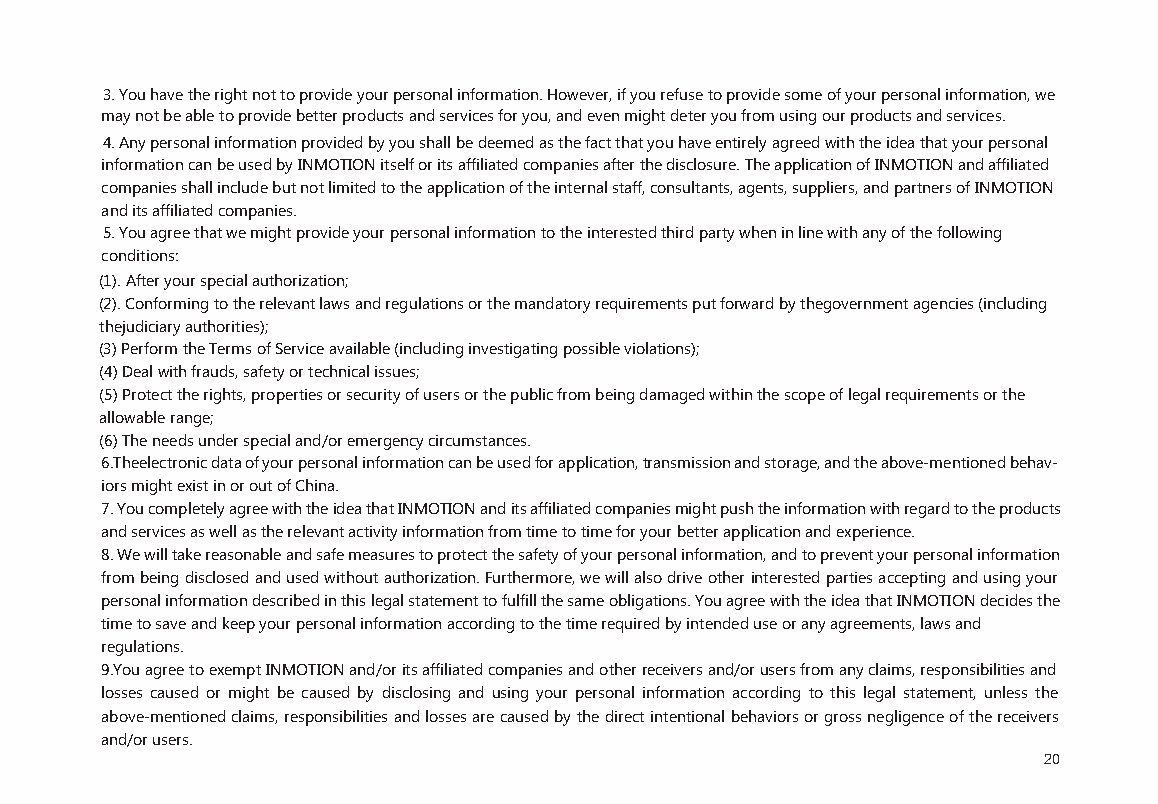
3.You have the right not to provide your personal information. However, if you refuse to provide some of your personal information, we
 may not be able to provide better products and services for you, and even might deter you from using our products and services.
 4.Any personal information provided by you shall be deemed as the fact that you have entirely agreed with the idea that your personal
 information can be used by INMOTION itself or its affiliated companies after the disclosure. The application of INMOTION and affiliated
 companies shall include but not limited to the application of the internal staff, consultants, agents, suppliers, and partners of INMOTION
 and its affiliated companies.
 5.You agree that we might provide your personal information to the interested third party when in line with any of the following
 conditions:
 (1). After your special authorization;
 (2). Conforming to the relevant laws and regulations or the mandatory requirements put forward by thegovernment agencies (including
 thejudiciary authorities);
 (3)Perform the Terms of Service available (including investigating possible violations);
 (4)Deal with frauds, safety or technical issues;
 (5)Protect the rights, properties or security of users or the public from being damaged within the scope of legal requirements or the
 allowable range;
 (6)The needs under special and/or emergency circumstances.
 6.Theelectronic data of your personal information can be used for application, transmission and storage, and the above-mentioned behav-
 iors might exist in or out of China.
 7. You completely agree with the idea that INMOTION and its affiliated companies might push the information with regard to the products
 and services as well as the relevant activity information from time to time for your better application and experience.
 8. We will take reasonable and safe measures to protect the safety of your personal information, and to prevent your personal information
 from being disclosed and used without authorization. Furthermore, we will also drive other interested parties accepting and using your
 personal information described in this legal statement to fulfill the same obligations. You agree with the idea that INMOTION decides the
 time to save and keep your personal information according to the time required by intended use or any agreements, laws and
 regulations.
 9.You agree to exempt INMOTION and/or its affiliated companies and other receivers and/or users from any claims, responsibilities and
 losses caused or might be caused by disclosing and using your personal information according to this legal statement, unless the
 above-mentioned claims, responsibilities and losses are caused by the direct intentional behaviors or gross negligence of the receivers
 and/or users.
 20